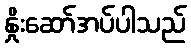
နှိုးဆော်အပ်ပါသည်